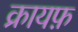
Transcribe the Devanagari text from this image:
क्रायफ़